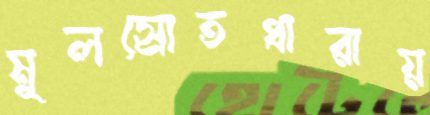
মূলস্রোতধারায়